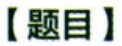
【题目】